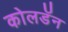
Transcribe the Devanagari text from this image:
कोलडॅन